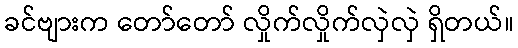
ခင်ဗျားက တော်တော် လှိုက်လှိုက်လှဲလှဲ ရှိတယ်။